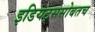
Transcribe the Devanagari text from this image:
इडियट्ससोबतच